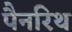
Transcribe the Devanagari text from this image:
पैनरिथ